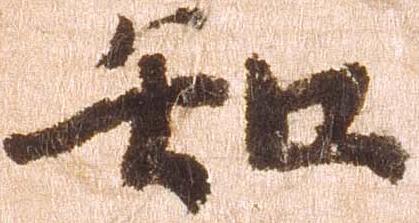
知